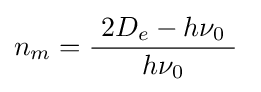
n_{m}={\frac {\ 2D_{e}-h\nu _{0}\ }{h\nu _{0}}}\